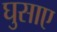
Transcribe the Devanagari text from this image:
घुसाए